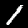
Label: 1